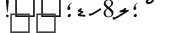
٤١